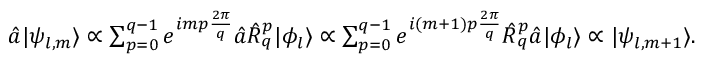
\begin{array} { r } { \hat { a } | \psi _ { l , m } \rangle \propto \sum _ { p = 0 } ^ { q - 1 } e ^ { i m p \frac { 2 \pi } { q } } \hat { a } \hat { R } _ { q } ^ { p } | \phi _ { l } \rangle \propto \sum _ { p = 0 } ^ { q - 1 } e ^ { i ( m + 1 ) p \frac { 2 \pi } { q } } \hat { R } _ { q } ^ { p } \hat { a } | \phi _ { l } \rangle \propto | \psi _ { l , m + 1 } \rangle . } \end{array}